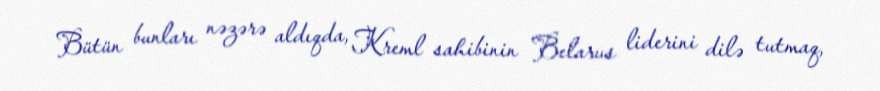
Bütün bunları nəzərə aldıqda, Kreml sahibinin Belarus liderini dilə tutmaq,